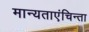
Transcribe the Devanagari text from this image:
मान्यताएंचिन्ता